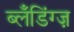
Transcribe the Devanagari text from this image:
ब्लँडिंग्ज़